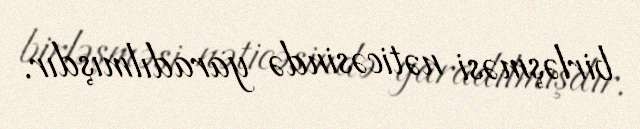
birləşməsi nəticəsində yaradılmışdır.